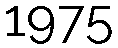
1975